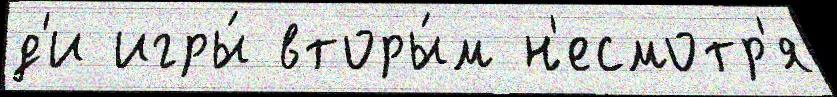
д'и игры́ вторы́м н'есмотр'я